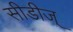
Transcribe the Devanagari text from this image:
सीडीज्